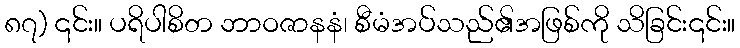
၈၇) ၎င်း။ ပရိပါစိတ ဘာဝဇာနနံ၊ စီမံအပ်သည်၏အဖြစ်ကို သိခြင်း၎င်း။